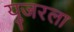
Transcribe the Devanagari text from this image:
युजरला